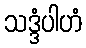
သဒ္ဒံပါဟံ